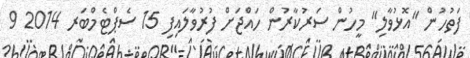
ފަތުހުން "އޮޅުވާލި" މީހުން ސަރުކާރުން ހައްޖަށް ފުރުވާލައިފި 15 ސެޕްޓެމްބަރ 2014 9